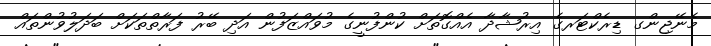
މެނޭޖިންގ ޑިރެކްޓަރގެ އިރުޝާދާ އެއްގޮތަށް ކުންފުނީގެ މުވައްޒަފުން އަދި ބޭރު ފަރާތްތަކަށް ބަދަލުވުންތައް